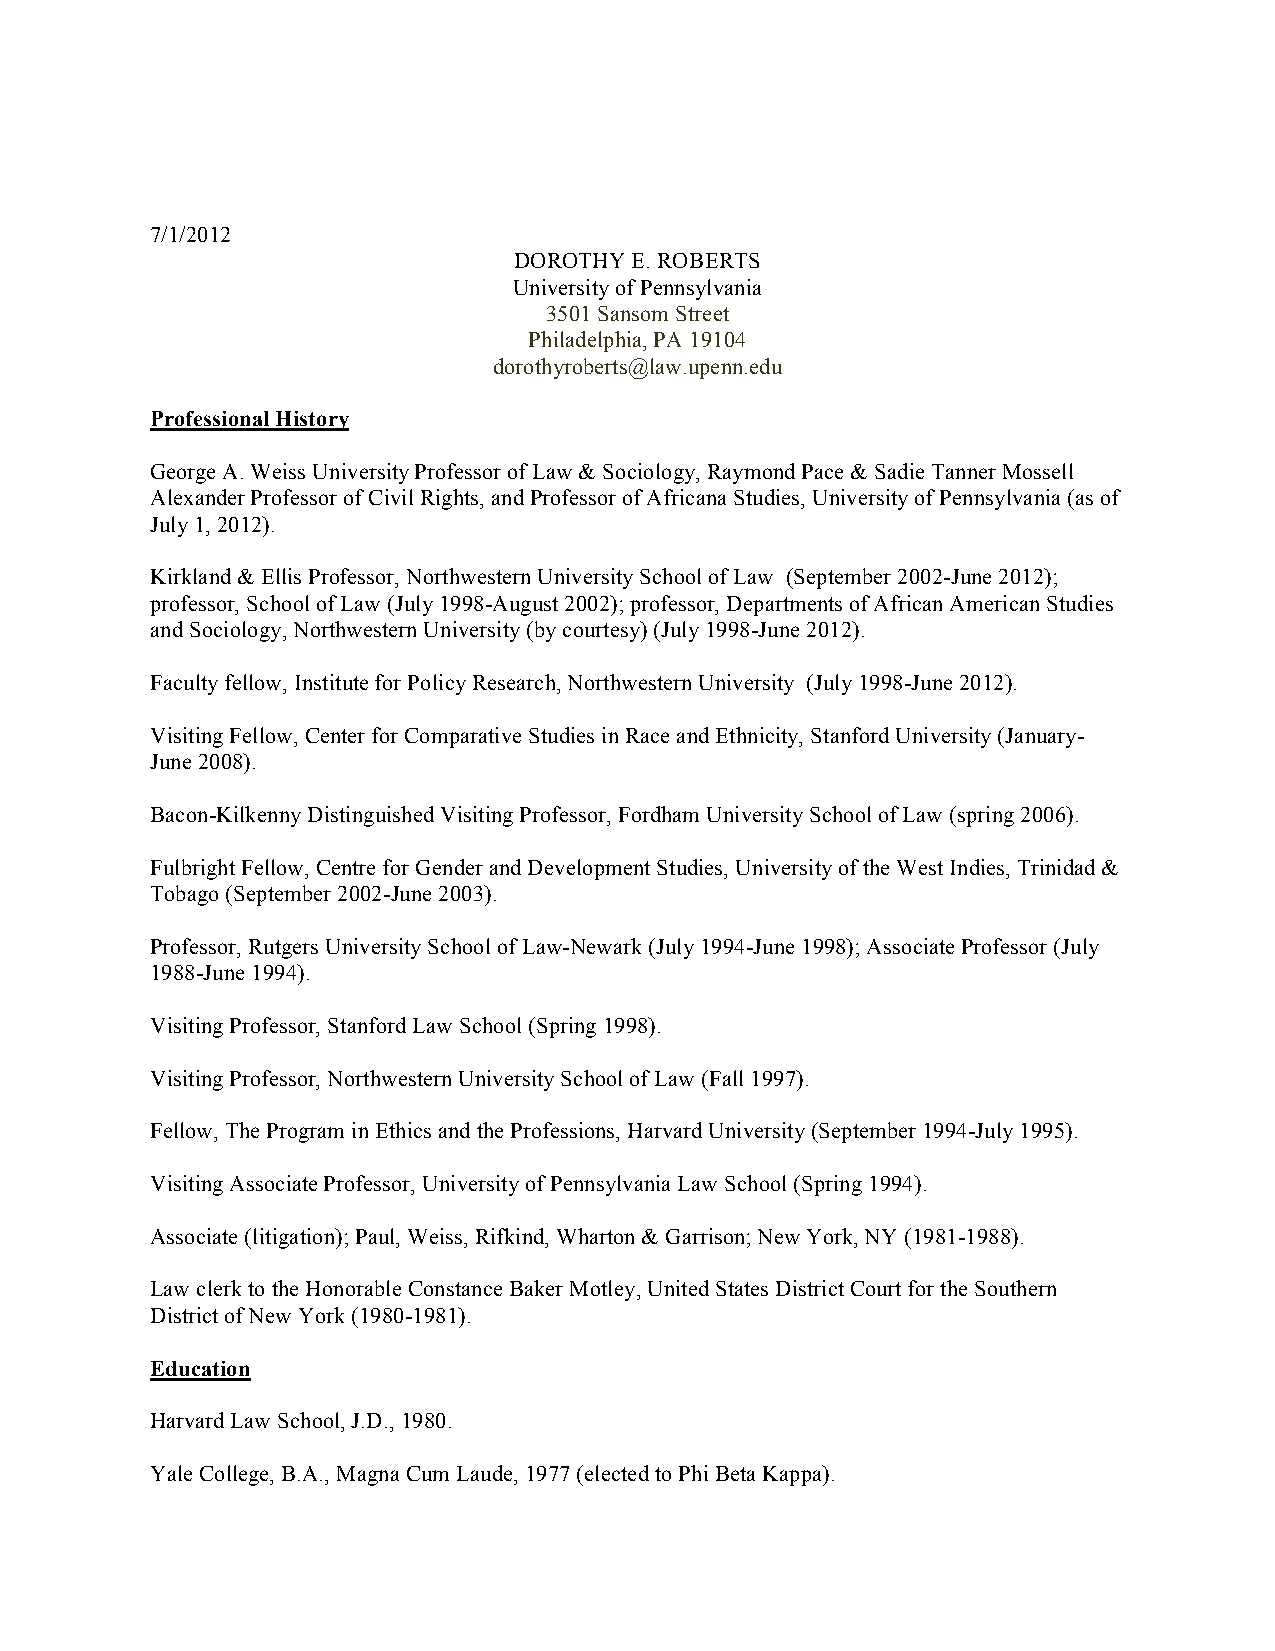
7/1/2012
 DOROTHY E. ROBERTS
 University of Pennsylvania
 3501 Sansom Street
 Philadelphia, PA 19104
 dorothyroberts@law.upenn.edu
 Professional History
 George A. Weiss University Professor of Law & Sociology, Raymond Pace & Sadie Tanner Mossell
 Alexander Professor of Civil Rights, and Professor of Africana Studies, University of Pennsylvania (as of
 July 1, 2012).
 Kirkland & Ellis Professor, Northwestern University School of Law (September 2002-June 2012);
 professor, School of Law (July 1998-August 2002); professor, Departments of African American Studies
 and Sociology, Northwestern University (by courtesy) (July 1998-June 2012).
 Faculty fellow, Institute for Policy Research, Northwestern University (July 1998-June 2012).
 Visiting Fellow, Center for Comparative Studies in Race and Ethnicity, Stanford University (January-
 June 2008).
 Bacon-Kilkenny Distinguished Visiting Professor, Fordham University School of Law (spring 2006).
 Fulbright Fellow, Centre for Gender and Development Studies, University of the West Indies, Trinidad &
 Tobago (September 2002-June 2003).
 Professor, Rutgers University School of Law-Newark (July 1994-June 1998); Associate Professor (July
 1988-June 1994).
 Visiting Professor, Stanford Law School (Spring 1998).
 Visiting Professor, Northwestern University School of Law (Fall 1997).
 Fellow, The Program in Ethics and the Professions, Harvard University (September 1994-July 1995).
 Visiting Associate Professor, University of Pennsylvania Law School (Spring 1994).
 Associate (litigation); Paul, Weiss, Rifkind, Wharton & Garrison; New York, NY (1981-1988).
 Law clerk to the Honorable Constance Baker Motley, United States District Court for the Southern
 District of New York (1980-1981).
 Education
 Harvard Law School, J.D., 1980.
 Yale College, B.A., Magna Cum Laude, 1977 (elected to Phi Beta Kappa).